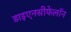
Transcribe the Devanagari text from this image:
डाइएनसीफेलॉन